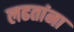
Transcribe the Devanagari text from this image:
लढतांना